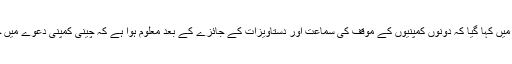
عدالتی فیصلے میں کہا گیا کہ دونوں کمپنیوں کے موقف کی سماعت اور دستاویزات کے جائزے کے بعد معلوم ہوا ہے کہ چینی کمپنی دعوے میں حق بجانب ہے۔